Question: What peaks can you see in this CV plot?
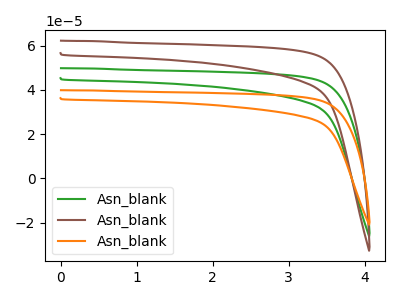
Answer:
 <answer>The green curve "Asn_blank1" has no peaks. The brown curve "Asn_blank2" has no peaks. The orange curve "Asn_blank3" has no peaks.</answer>
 <eval></eval>